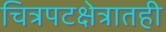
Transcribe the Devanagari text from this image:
चित्रपटक्षेत्रातही